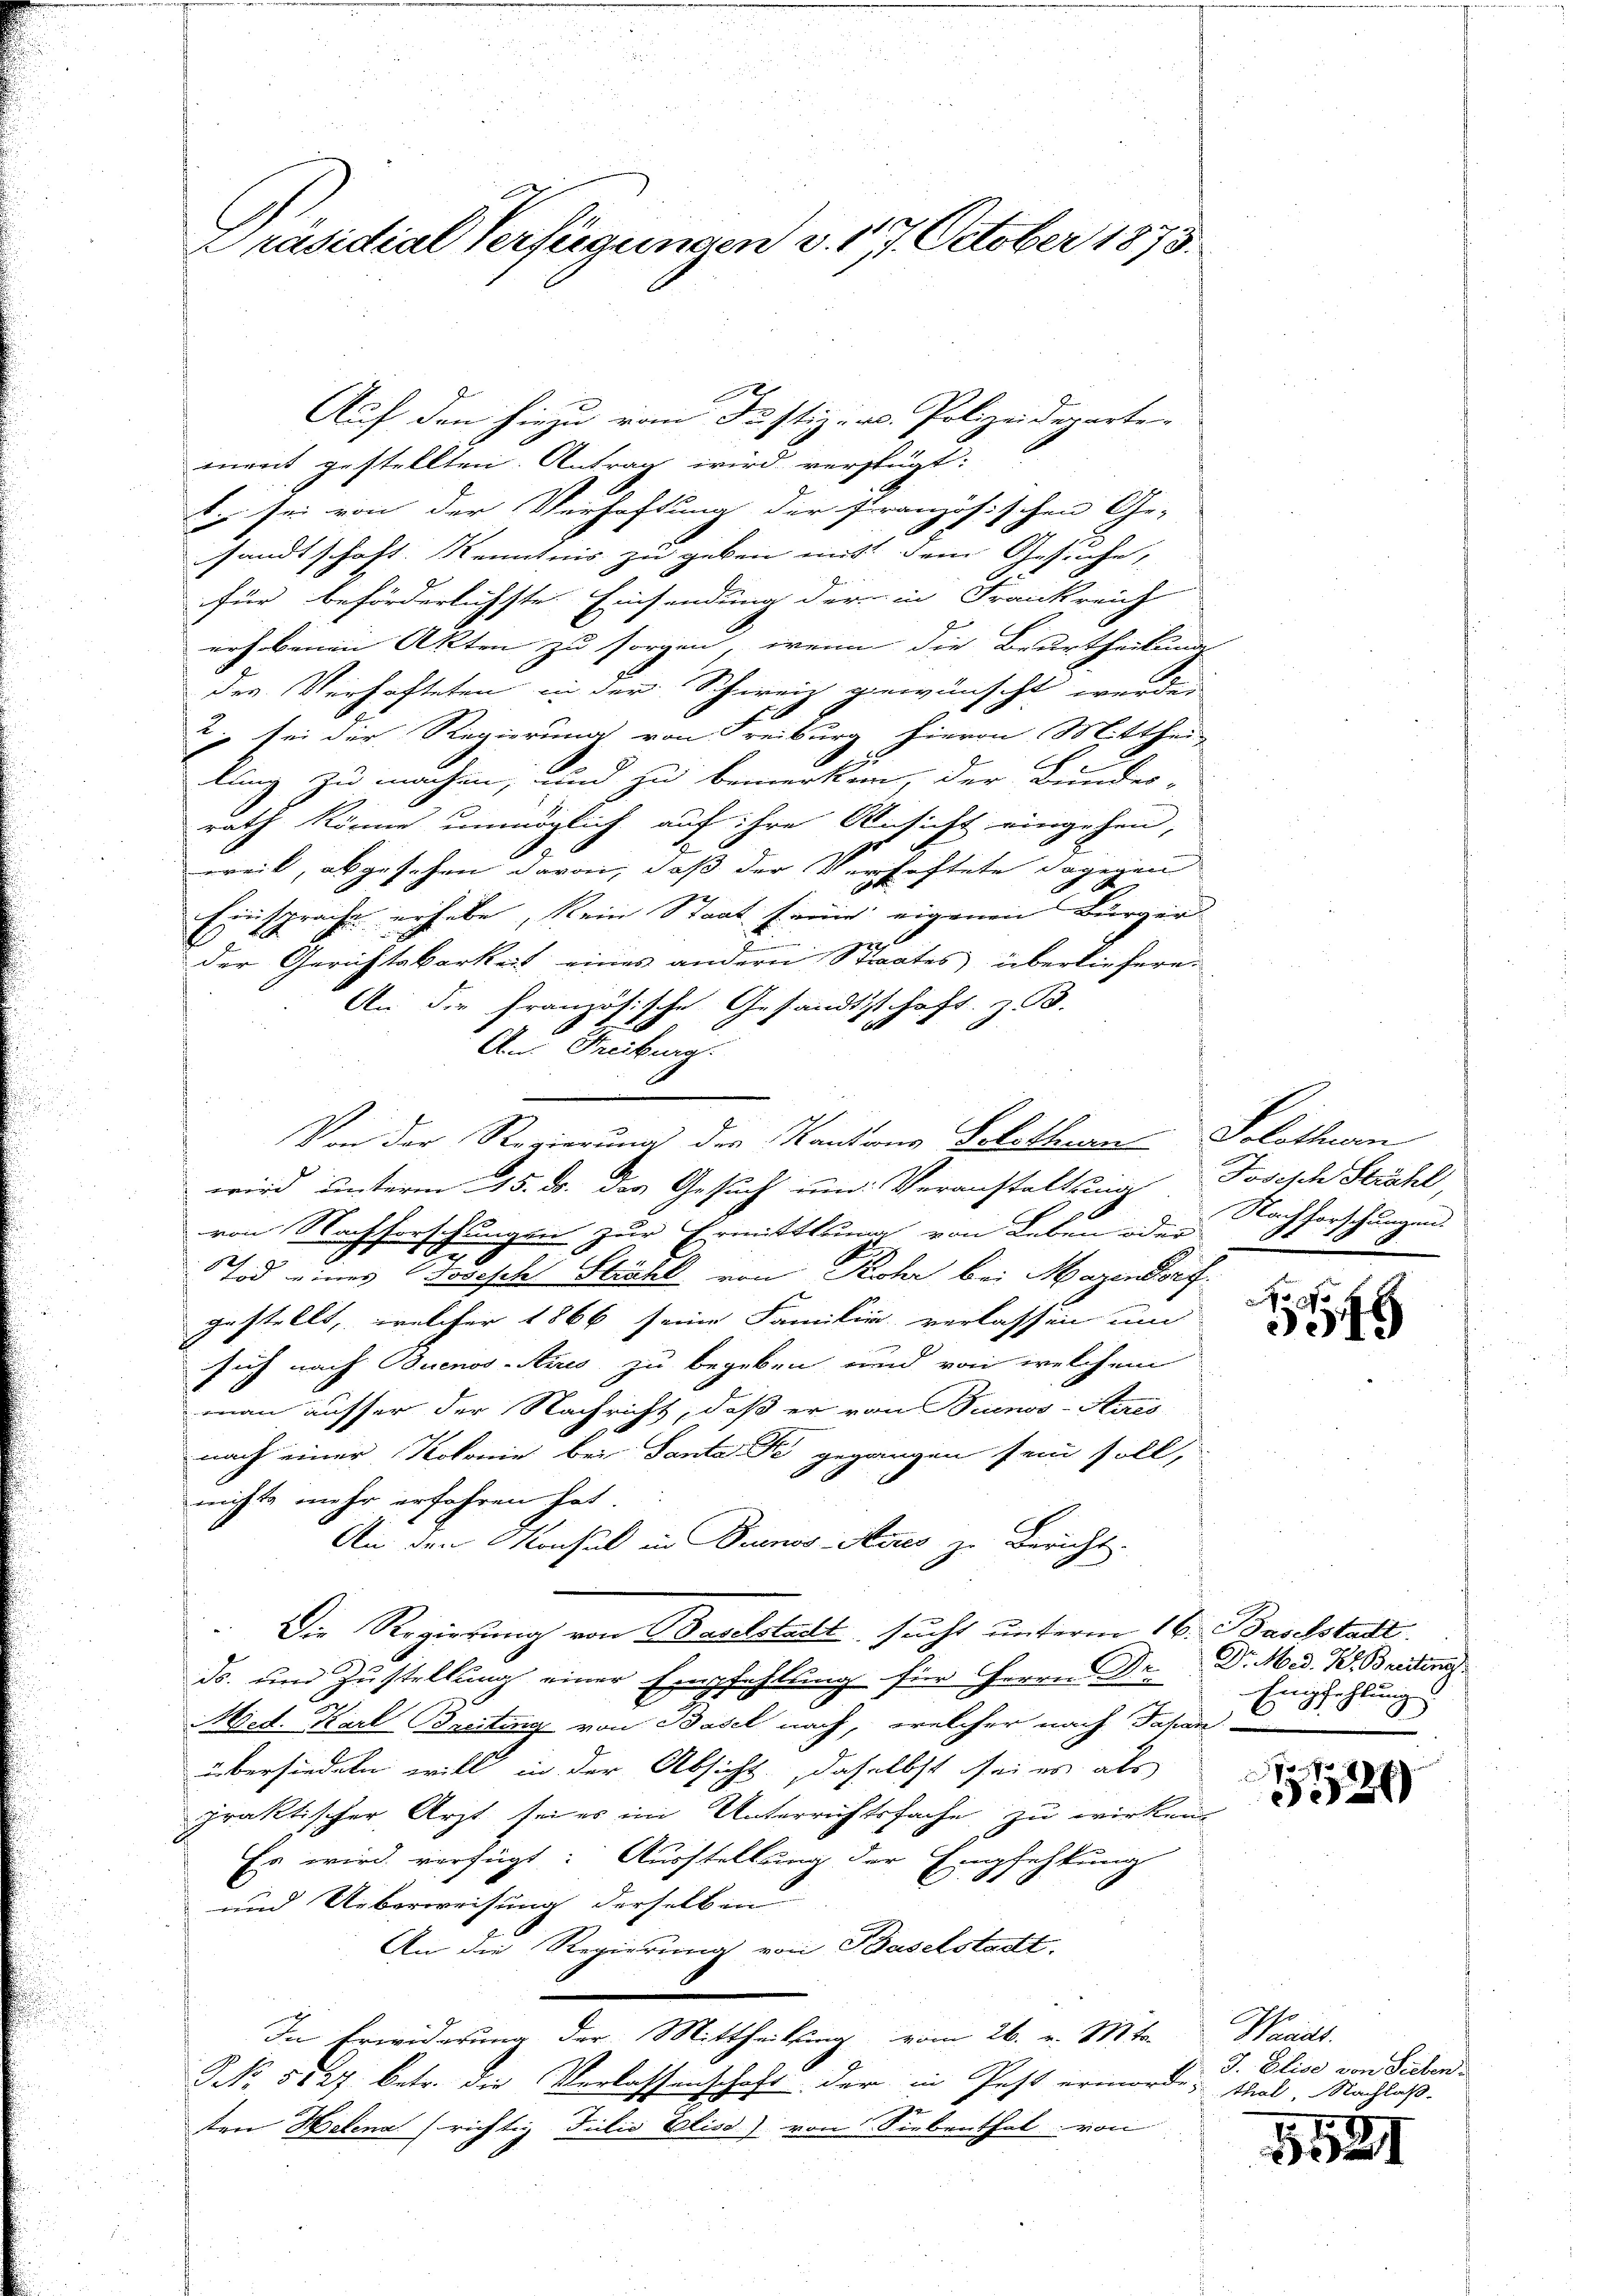
Präsidial Verfügungen v. 1797. October 1875.

ment gestellten. Antrag wird verfügt:
E sei von der Verhaftung der französischen Ge- |
sandtschaft. Kenntnis zu geben mit dem Gesuche,
für beförderlichste Einsendung der in Frankreich
erhobenen Akten zu sorgen, wenn die Beurtheilung
der Verhafteten in der Schweiz gewünscht worden
; sei der Regierung von Freiburg hievon Mitthei-
lung zu machen, und zu bemerken, der Bundes-
rath könne unmöglich auf ihre Ansicht eingehen,
weil, abgesehen davon, daß der Verhaftete dagegen
Einsprache erhebe, kein Staat freie eigenen Bürger
177
der Gerichtsbarkeit eines andern Staates überliefere.
An die französische Gesandtschaft z. B.
An Freiburg.
Von der Regierung des Kantons Solothurn Solothwen
wird unterm 15. ds. des Gesuch um Veranstaltung Josisch Strahl,
von Nachforschungen zur Ermittlung von Leben oder
Tod eines Josische Strahl von Rohr bei Magendorf
gestellt, welcher 1866 seine Familie verlassen um
sich nach Buenos-Ayres zu begeben und von welchem
man ausser der Nachricht, daß er von Suenos-Aires
nach einer Kolonie bei Santa gegangen sein soll,
nichts mehr erfahren hat.
An den Konsul in Buenos-Ayres zu Bericht.
Die Regierung von Baselstadt, sucht unterm 16. Baselstadt
ds. und Zustellung einer Empfehlung für Herrn Dr.
Med. Karl Breitung von Basel nach, welcher nach Japan
übersiedeln will in der Absicht, daselbst sei es als
praktischer Arzt sei es im Unterrichtsfache zu wirken.
Es wird verfügt: Ausstellung der Empfehlung
und Ueberweisung derselben
An die Regierung von Baselstadt.
In Erwiderung der Mittheilung vom 26. v. 818 te
NNo. 5127. betr. die Verlassenschaft der in Pest ermorde
ten Helena richtig Filio Elise) von Siebenthal von

Auf den hiezu vom Justiz- u. Polizeideparte

Nachforschungen.

7
349

Dr. Med. B. Breiten
x
hlung
C
d

170
529

Waadt.
J. Elise von Sieben.
thal, Nachlaß

1521